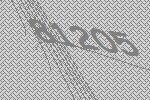
81205